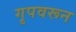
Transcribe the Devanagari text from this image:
गृपवरून